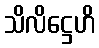
သိလိဋ္ဌေဟိ